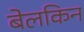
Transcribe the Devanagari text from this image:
बेलकिन